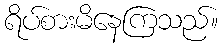
ရိပ်စားမိနေကြသည်။